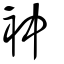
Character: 衶